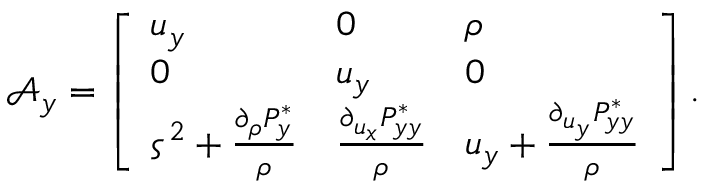
\mathcal { A } _ { y } = \left[ \begin{array} { l l l } { u _ { y } } & { 0 } & { \rho } \\ { 0 } & { u _ { y } } & { 0 } \\ { \varsigma ^ { 2 } + \frac { \partial _ { \rho } P _ { y } ^ { * } } { \rho } } & { \frac { \partial _ { u _ { x } } P _ { y y } ^ { * } } { \rho } } & { u _ { y } + \frac { \partial _ { u _ { y } } P _ { y y } ^ { * } } { \rho } } \end{array} \right] .